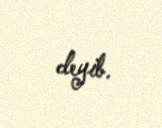
deyib.